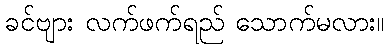
ခင်ဗျား လက်ဖက်ရည် သောက်မလား။